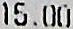
15.00